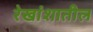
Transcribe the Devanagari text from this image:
रेखांशातील